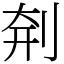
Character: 㓫